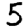
Digit: 5